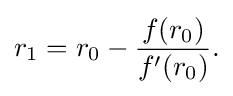
r_{1}=r_{0}-{\frac {f(r_{0})}{f'(r_{0})}}.\,\!